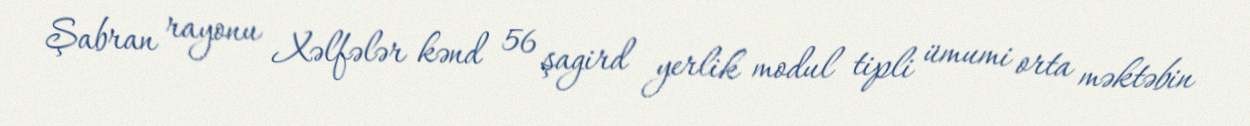
Şabran rayonu Xəlfələr kənd 56 şagird yerlik modul tipli ümumi orta məktəbin